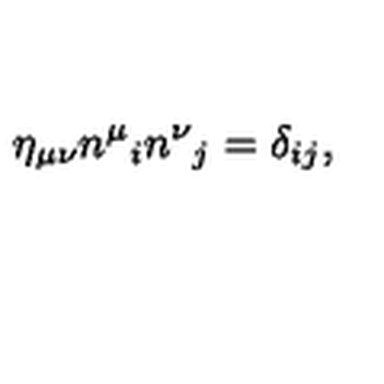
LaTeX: \eta _ { \mu \nu } n ^ { \mu } { } _ { i } n ^ { \nu } { } _ { j } = \delta _ { i j } ,